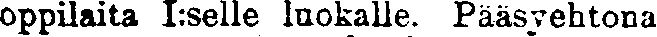
oppilaita I:selle luokalle. Pääsyehtona